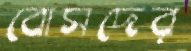
বোসদের